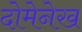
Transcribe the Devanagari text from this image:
दोमेनेख